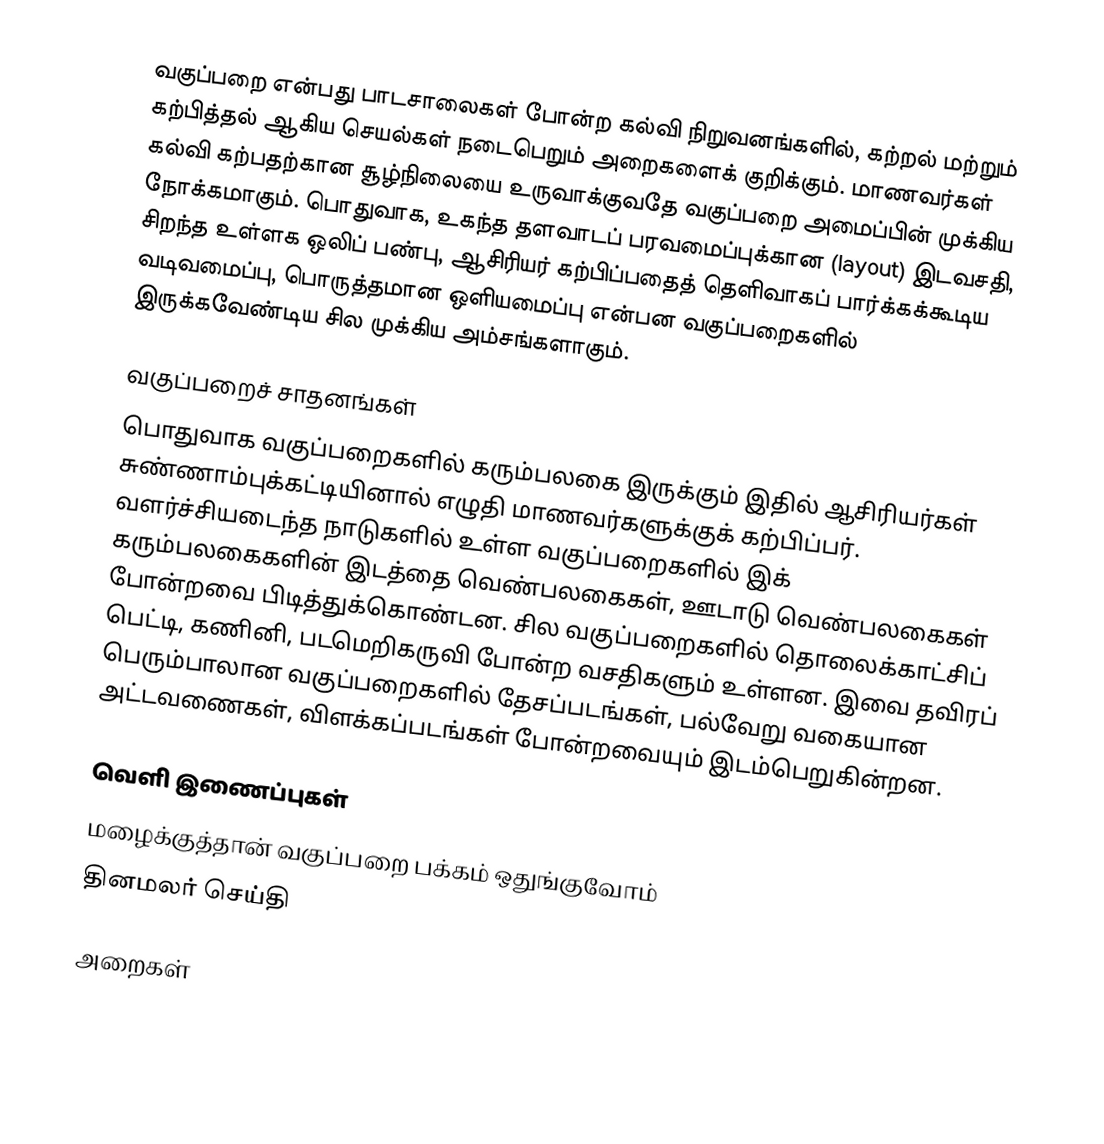
வகுப்பறை என்பது பாடசாலைகள் போன்ற கல்வி நிறுவனங்களில், கற்றல் மற்றும் கற்பித்தல் ஆகிய செயல்கள் நடைபெறும் அறைகளைக் குறிக்கும். மாணவர்கள் கல்வி கற்பதற்கான சூழ்நிலையை உருவாக்குவதே வகுப்பறை அமைப்பின் முக்கிய நோக்கமாகும். பொதுவாக, உகந்த தளவாடப் பரவமைப்புக்கான (layout) இடவசதி, சிறந்த உள்ளக ஒலிப் பண்பு, ஆசிரியர் கற்பிப்பதைத் தெளிவாகப் பார்க்கக்கூடிய வடிவமைப்பு, பொருத்தமான ஒளியமைப்பு என்பன வகுப்பறைகளில் இருக்கவேண்டிய சில முக்கிய அம்சங்களாகும்.

வகுப்பறைச் சாதனங்கள்
பொதுவாக வகுப்பறைகளில் கரும்பலகை இருக்கும் இதில் ஆசிரியர்கள் சுண்ணாம்புக்கட்டியினால் எழுதி மாணவர்களுக்குக் கற்பிப்பர். வளர்ச்சியடைந்த நாடுகளில் உள்ள வகுப்பறைகளில் இக் கரும்பலகைகளின் இடத்தை வெண்பலகைகள், ஊடாடு வெண்பலகைகள் போன்றவை பிடித்துக்கொண்டன. சில வகுப்பறைகளில் தொலைக்காட்சிப் பெட்டி, கணினி, படமெறிகருவி போன்ற வசதிகளும் உள்ளன. இவை தவிரப் பெரும்பாலான வகுப்பறைகளில் தேசப்படங்கள், பல்வேறு வகையான அட்டவணைகள், விளக்கப்படங்கள் போன்றவையும் இடம்பெறுகின்றன.

வெளி இணைப்புகள்
 மழைக்குத்தான் வகுப்பறை பக்கம் ஒதுங்குவோம்
 தினமலர் செய்தி

அறைகள்